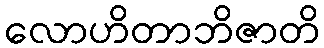
လောဟိတာဘိဇာတိ